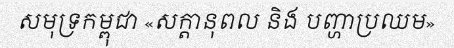
សមុទ្រកម្ពុជា «សក្តានុពល និង បញ្ហាប្រឈម»